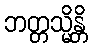
ဘတ္တသ္မိန္တိ